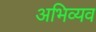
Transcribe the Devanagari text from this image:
अभिव्यव